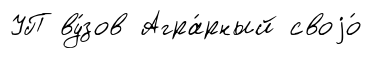
УП ву́зов Агра́рный своjо́